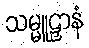
သမ္မူဠှာနံ